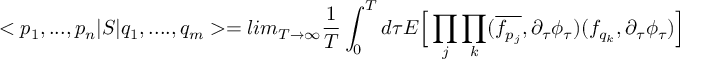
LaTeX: < p _ { 1 } , . . . , p _ { n } | S | q _ { 1 } , . . . . , q _ { m } > = l i m _ { T \rightarrow \infty } \frac { 1 } { T } \int _ { 0 } ^ { T } d \tau E \Big [ \prod _ { j } \prod _ { k } ( \overline { { { f _ { p _ { j } } } } } , \partial _ { \tau } \phi _ { \tau } ) ( f _ { q _ { k } } , \partial _ { \tau } \phi _ { \tau } ) \Big ]